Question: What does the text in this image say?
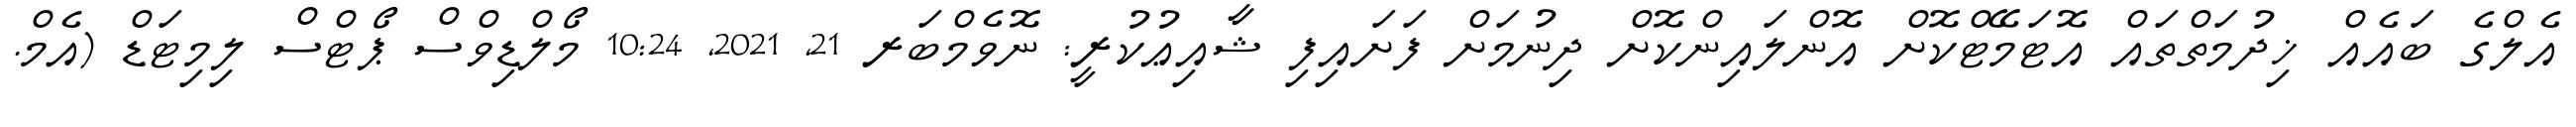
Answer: އެލްގެ ބައެއް ޚިދުމަތްތައް އޮޓަމޭޓްކޮށް އޮންލައިންކޮށް ދިނުމަށް ފަށައިފި ޝާއިޢުކުރީ: ނޮވެމްބަރ 21, 2021, 10:24 މޯލްޑިވްސް ޕޯޓްސް ލިމިޓަޑް (އެމް.